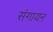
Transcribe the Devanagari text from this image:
संगायन